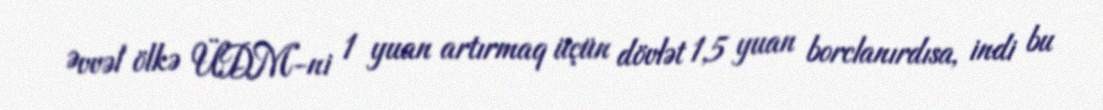
Əvvəl ölkə ÜDM-ni 1 yuan artırmaq üçün dövlət 1,5 yuan borclanırdısa, indi bu